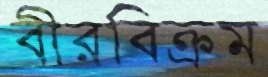
বীরবিক্রম